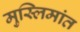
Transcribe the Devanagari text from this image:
मुस्लिमांत